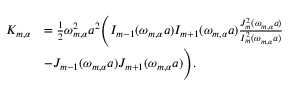
\begin{array} { r l } { K _ { m , \alpha } } & { = \frac { 1 } { 2 } \omega _ { m , \alpha } ^ { 2 } a ^ { 2 } \Bigg ( I _ { m - 1 } ( \omega _ { m , \alpha } a ) I _ { m + 1 } ( \omega _ { m , \alpha } a ) \frac { J _ { m } ^ { 2 } ( \omega _ { m , \alpha } a ) } { I _ { m } ^ { 2 } ( \omega _ { m , \alpha } a ) } } \\ & { - J _ { m - 1 } ( \omega _ { m , \alpha } a ) J _ { m + 1 } ( \omega _ { m , \alpha } a ) \Bigg ) . } \end{array}